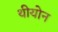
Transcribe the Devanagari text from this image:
थीयोन